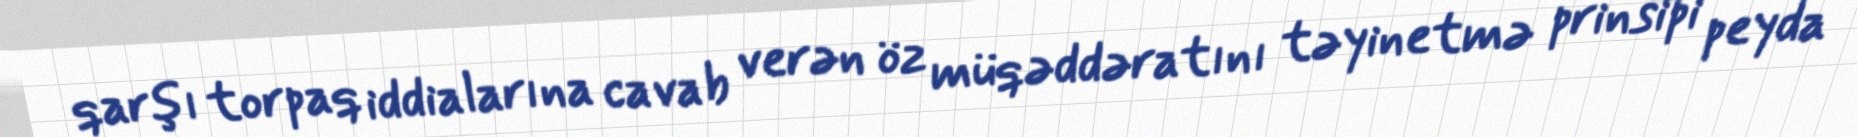
qarşı torpaq iddialarına cavab verən öz müqəddəratını təyinetmə prinsipi peyda